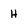
Character: H